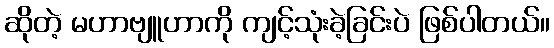
ဆိုတဲ့ မဟာဗျူဟာကို ကျင့်သုံးခဲ့ခြင်းပဲ ဖြစ်ပါတယ်။